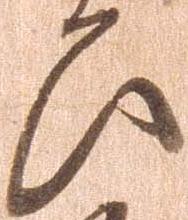
ひ